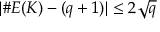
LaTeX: | \# E ( K ) - ( q + 1 ) | \leq 2 { \sqrt { q } }